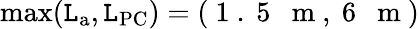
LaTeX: \operatorname*{max}(\mathtt{L}_{\mathrm{{a}}},\mathtt{L}_{\mathrm{{PC}}})=(\mathrm{{~1~.~5~~~m~}},\mathrm{{~6~~~m~}})